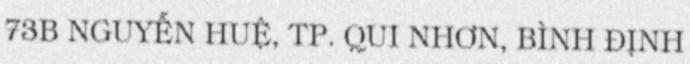
73B NGUYỄN HUỆ, TP. QUI NHƠN, BÌNH ĐỊNH